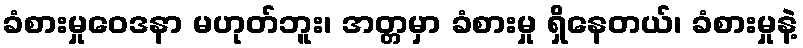
ခံစားမှုဝေဒနာ မဟုတ်ဘူး၊ အတ္တမှာ ခံစားမှု ရှိနေတယ်၊ ခံစားမှုနဲ့